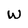
Character: w